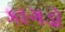
કાગડૉ